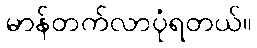
မာန်တက်လာပုံရတယ်။